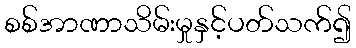
စစ်အာဏာသိမ်းမှုနှင့်ပတ်သက်၍